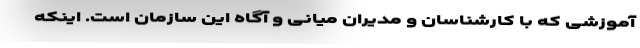
آموزشی که با کارشناسان و مدیران میانی و آگاه این سازمان است. اینکه